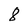
Character: 8